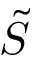
\tilde { S }